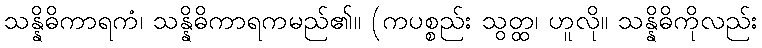
သန္နိဓိကာရကံ၊ သန္နိဓိကာရကမည်၏။ (ကပစ္စည်း သွတ္ထ၊ ဟူလို။ သန္နိဓိကိုလည်း